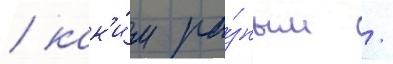
/ как'и́м ра́зным /